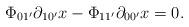
LaTeX: \begin{align*}\Phi_{01^{\prime}}\partial_{10^{\prime}}x-\Phi_{11^{\prime}}\partial_{00^{\prime}}x=0.\end{align*}